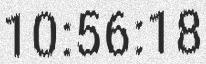
10:56:18